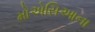
મોએસિઆના